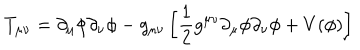
T _ { \mu \nu } = \partial _ { \mu } \phi \partial _ { \nu } \phi - g _ { \mu \nu } \left[ { \frac { 1 } { 2 } } g ^ { \mu \nu } \partial _ { \mu } \phi \partial _ { \nu } \phi + V ( \phi ) \right]